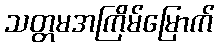
သတ္တမအကြိမ်မြောက်